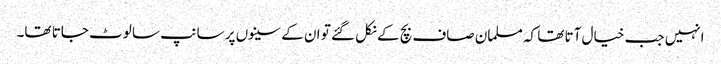
انہیں جب خیال آتا تھا کہ مسلمان صاف بچ کے نکل گئے تو ان کے سینوں پر سانپ سا لوٹ جاتا تھا۔